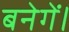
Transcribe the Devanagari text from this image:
बनेगें।